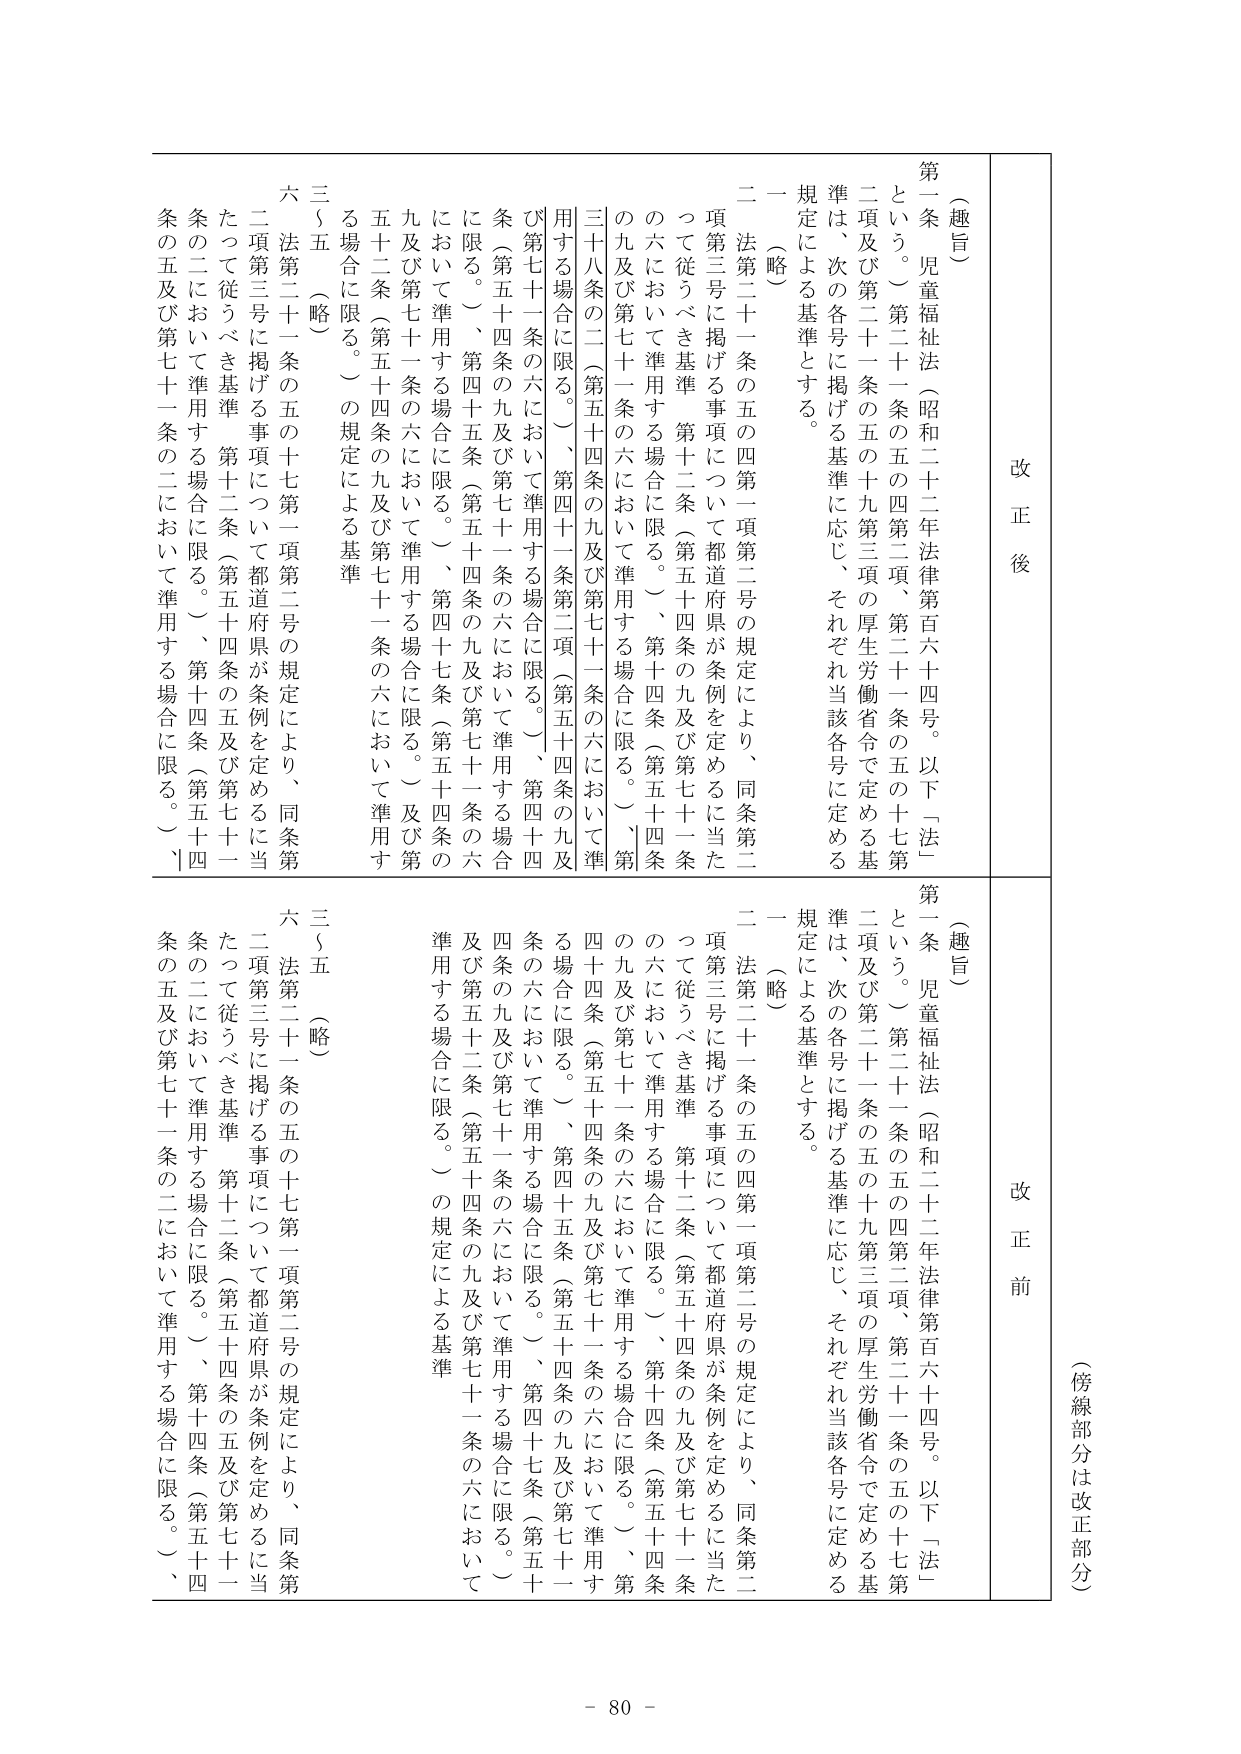
（傍線部分は改正部分）

改正後

（趣旨）
第一条 児童福祉法（昭和二十二年法律第百六十四号。以下「法」という。）第二十一条の五の四第二項、第二十一条の五の十七第二項及び第二十一条の五の十九第三項の厚生労働省令で定める基準は、次の各号に掲げる基準に応じ、それぞれ当該各号に定める規定による基準とする。
一 （略）
二 法第二十一条の五の四第一項第二号の規定により、同条第二項第三号に掲げる事項について都道府県が条例を定めるに当たって従うべき基準 第十二条（第五十四条の九及び第七十一条の六において準用する場合に限る。）、第十四条（第五十四条の九及び第七十一条の六において準用する場合に限る。）、第四十一条第二項（第五十四条の九及び第七十一条の六において準用する場合に限る。）、第四十四条（第五十四条の九及び第七十一条の六において準用する場合に限る。）、第四十五条（第五十四条の九及び第七十一条の六において準用する場合に限る。）、第四十七条（第五十四条の九及び第七十一条の六において準用する場合に限る。）及び第五十二条（第五十四条の九及び第七十一条の六において準用する場合に限る。）の規定による基準
三～五 （略）
六 法第二十一条の五の十七第一項第二号の規定により、同条第二項第三号に掲げる事項について都道府県が条例を定めるに当たって従うべき基準 第十二条（第五十四条の五及び第七十一条の二において準用する場合に限る。）、第十四条（第五十四条の五及び第七十一条の二において準用する場合に限る。）

改正前

（趣旨）
第一条 児童福祉法（昭和二十二年法律第百六十四号。以下「法」という。）第二十一条の五の四第二項、第二十一条の五の十七第二項及び第二十一条の五の十九第三項の厚生労働省令で定める基準は、次の各号に掲げる基準に応じ、それぞれ当該各号に定める規定による基準とする。
一 （略）
二 法第二十一条の五の四第一項第二号の規定により、同条第二項第三号に掲げる事項について都道府県が条例を定めるに当たって従うべき基準 第十二条（第五十四条の九及び第七十一条の六において準用する場合に限る。）、第十四条（第五十四条の九及び第七十一条の六において準用する場合に限る。）、第四十一条第二項（第五十四条の九及び第七十一条の六において準用する場合に限る。）、第四十四条（第五十四条の九及び第七十一条の六において準用する場合に限る。）、第四十五条（第五十四条の九及び第七十一条の六において準用する場合に限る。）、第四十七条（第五十四条の九及び第七十一条の六において準用する場合に限る。）及び第五十二条（第五十四条の九及び第七十一条の六において準用する場合に限る。）の規定による基準
三～五 （略）
六 法第二十一条の五の十七第一項第二号の規定により、同条第二項第三号に掲げる事項について都道府県が条例を定めるに当たって従うべき基準 第十二条（第五十四条の五及び第七十一条の二において準用する場合に限る。）、第十四条（第五十四条の五及び第七十一条の二において準用する場合に限る。）

- 80 -